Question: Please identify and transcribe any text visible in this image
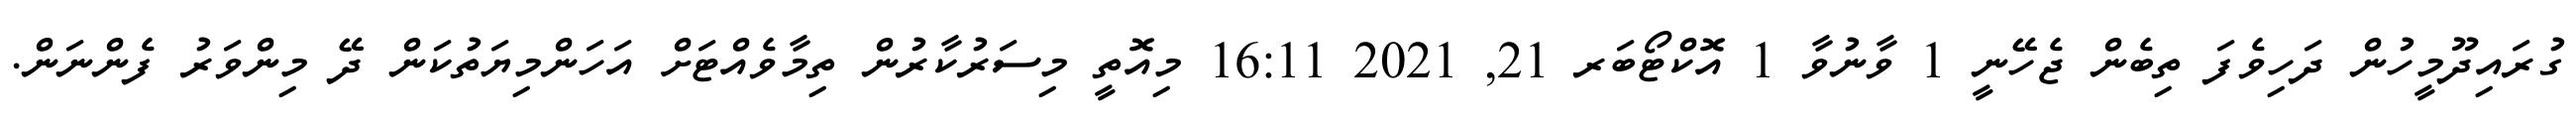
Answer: ގުރައިދޫމީހުން ދަހިވެފަ ތިބެން ޖެހޭނީ 1 ވާނުވާ 1 އޮކްޓޯބަރ 21, 2021 16:11 މިއޮތީ މިސަރުކާރުން ތިމާވެއްޓަށް އަހަންމިޔަތުކަން ދޭ މިންވަރު ފެންނަން.